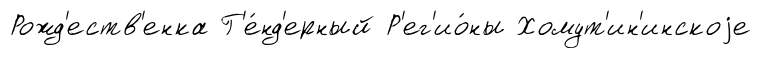
Рожд'еств'енка Г'е́нд'ерный Р'ег'ио́ны Хомут'ин'инскоjе